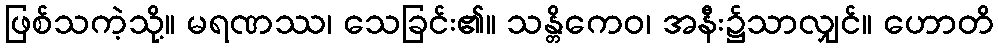
ဖြစ်သကဲ့သို့။ မရဏဿ၊ သေခြင်း၏။ သန္တိကေဝ၊ အနီး၌သာလျှင်။ ဟောတိ